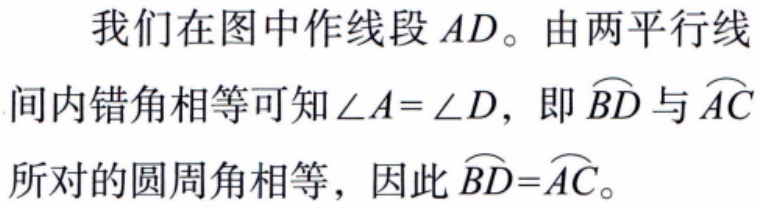
我们在图中作线段 \(AD\)。由两平行线间内错角相等可知\(\angle A = \angle D\)，即\(\overset{\frown}{BD}\)与\(\overset{\frown}{AC}\)所对的圆周角相等，因此\(\overset{\frown}{BD}=\overset{\frown}{AC}\)。